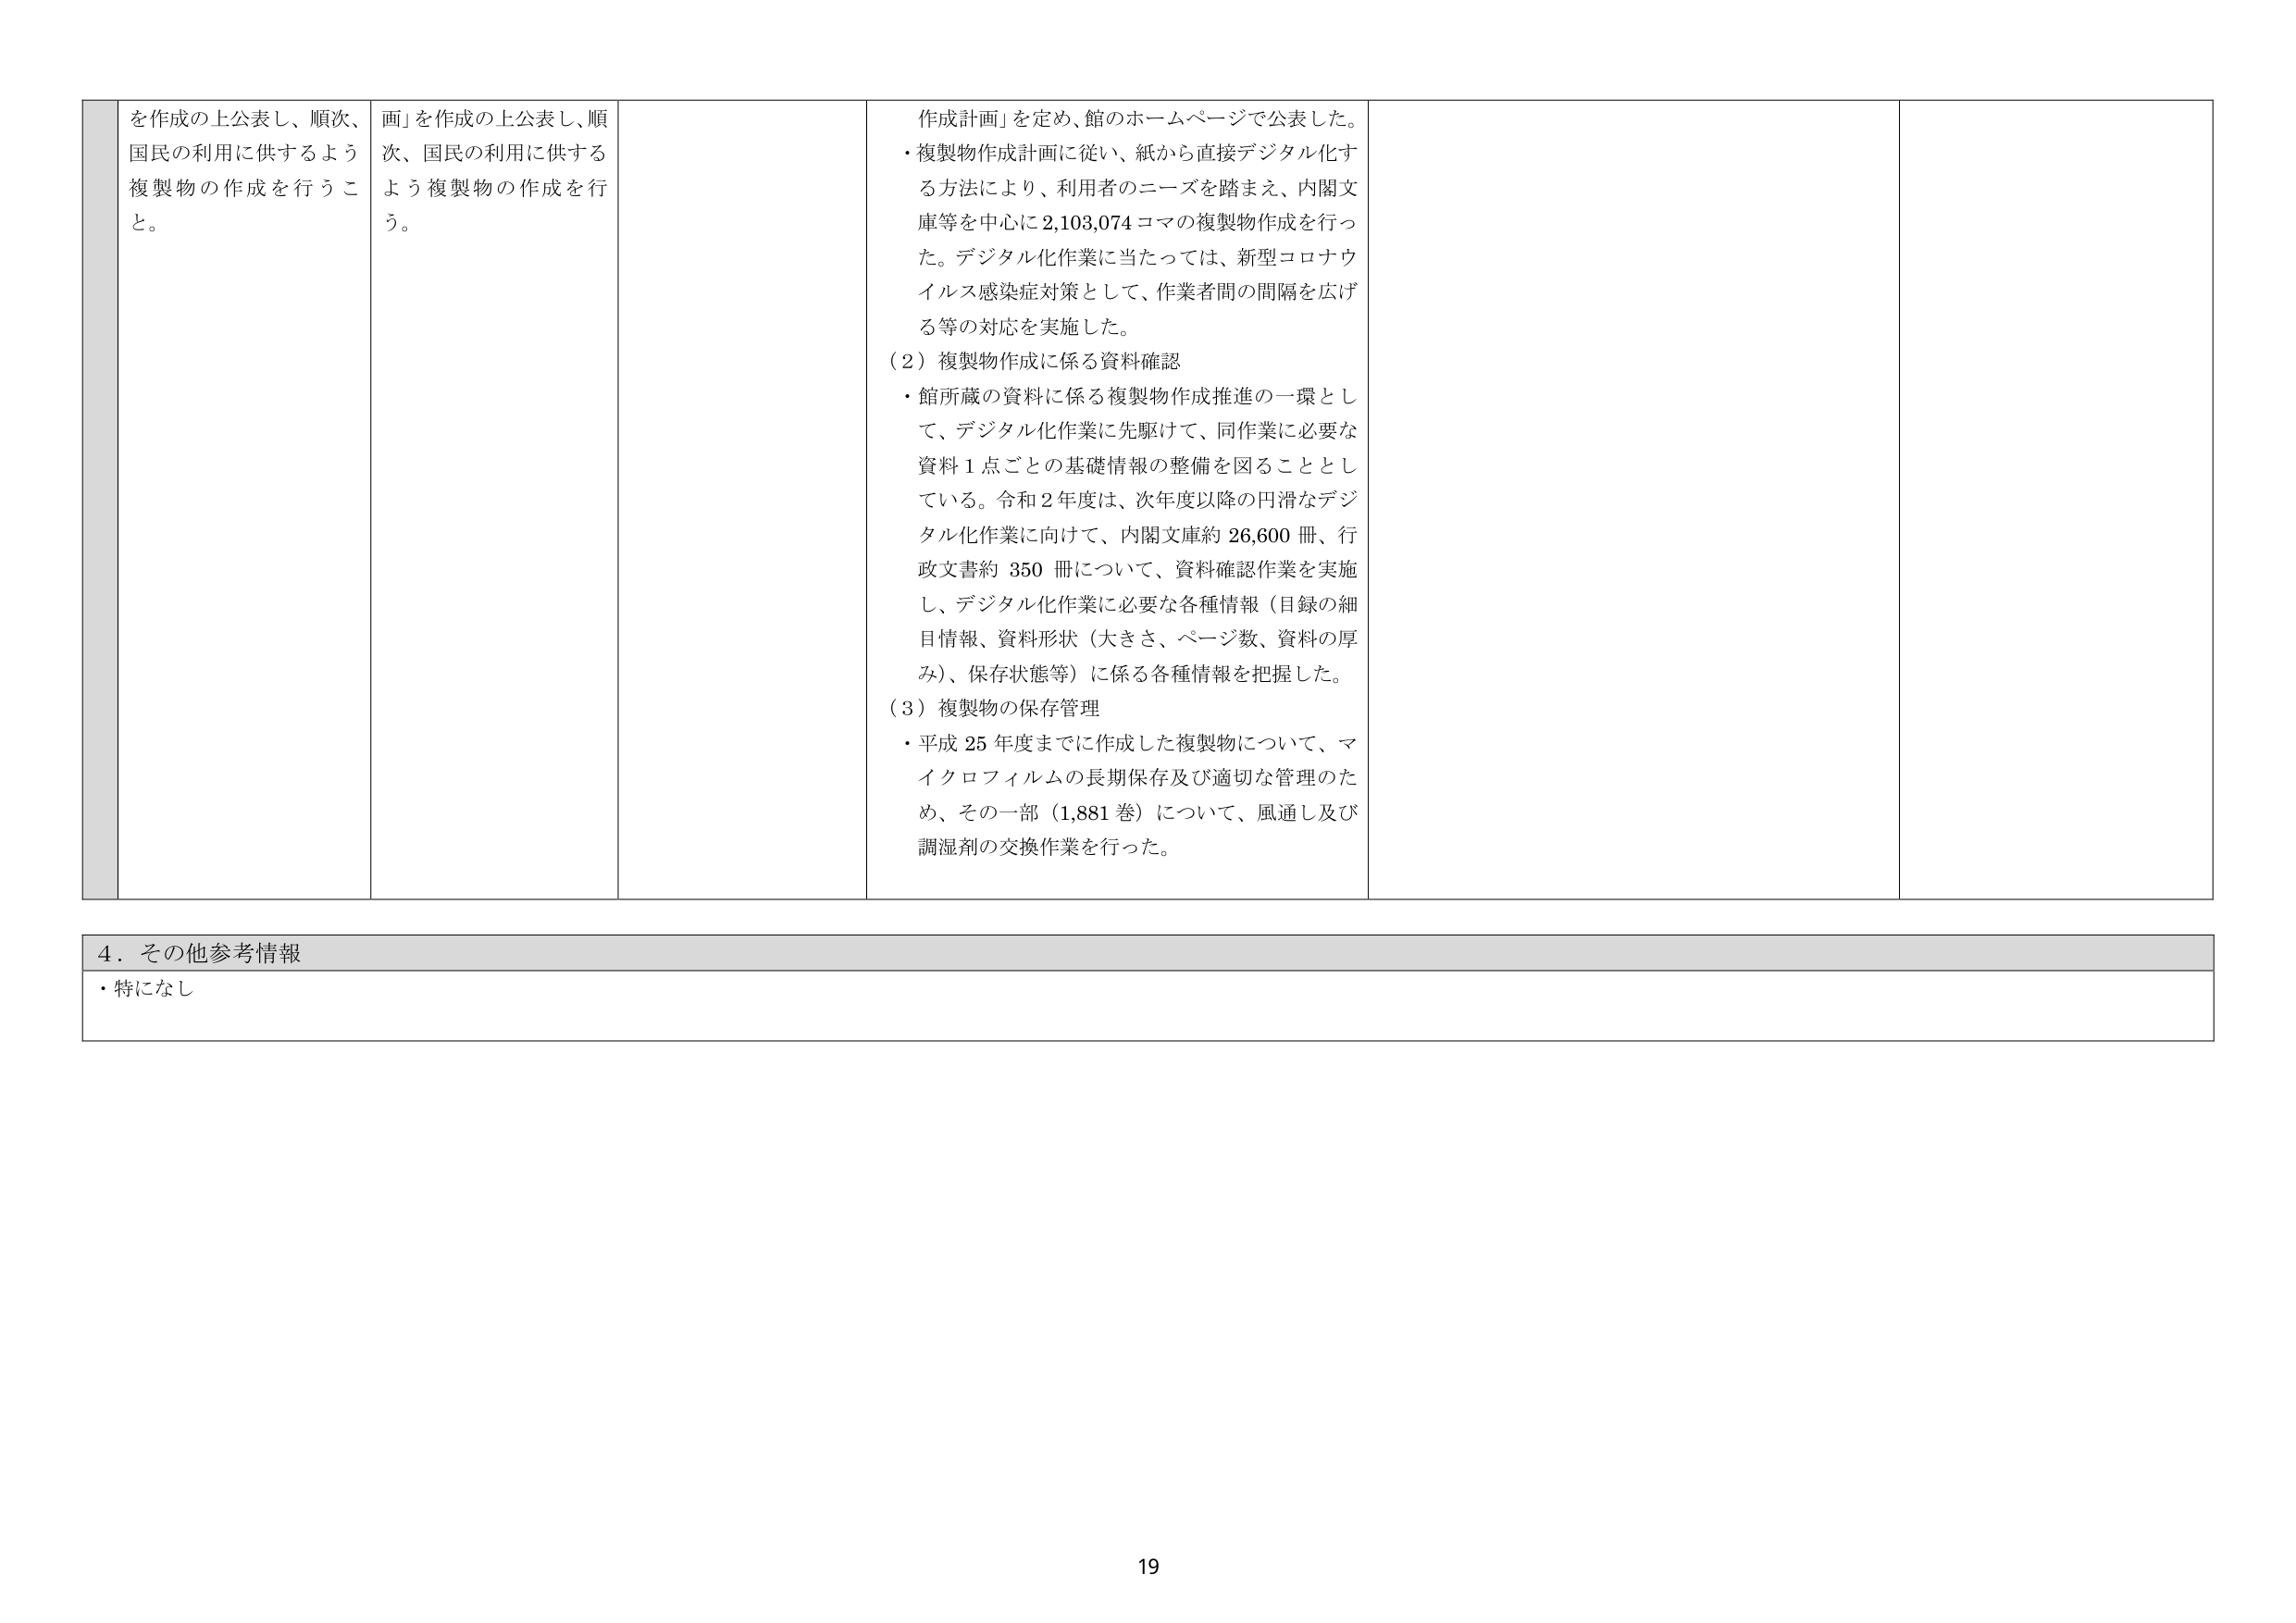
を作成の上公表し、順次、
国民の利用に供するよう
複製物の作成を行うこと。

画」を作成の上公表し、順
次、国民の利用に供する
よう複製物の作成を行う。

作成計画」を定め、館のホームページで公表した。
・複製物作成計画に従い、紙から直接デジタル化す
る方法により、利用者のニーズを踏まえ、内閣文
庫等を中心に2,103,074コマの複製物作成を行っ
た。デジタル化作業に当たっては、新型コロナウ
イルス感染症対策として、作業者間の間隔を広げ
る等の対応を実施した。
（2）複製物作成に係る資料確認
・館所蔵の資料に係る複製物作成推進の一環とし
て、デジタル化作業に先駆けて、同作業に必要な
資料1点ごとの基礎情報の整備を図ることとし
ている。令和2年度は、次年度以降の円滑なデジ
タル化作業に向けて、内閣文庫約26,600冊、行
政文書約350冊について、資料確認作業を実施
し、デジタル化作業に必要な各種情報（目録の細
目情報、資料形状（大きさ、ページ数、資料の厚
み）、保存状態等）に係る各種情報を把握した。
（3）複製物の保存管理
・平成25年度までに作成した複製物について、マ
イクロフィルムの長期保存及び適切な管理のた
め、その一部（1,881巻）について、風通し及び
調湿剤の交換作業を行った。

4．その他参考情報
・特になし

19